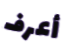
أعرف